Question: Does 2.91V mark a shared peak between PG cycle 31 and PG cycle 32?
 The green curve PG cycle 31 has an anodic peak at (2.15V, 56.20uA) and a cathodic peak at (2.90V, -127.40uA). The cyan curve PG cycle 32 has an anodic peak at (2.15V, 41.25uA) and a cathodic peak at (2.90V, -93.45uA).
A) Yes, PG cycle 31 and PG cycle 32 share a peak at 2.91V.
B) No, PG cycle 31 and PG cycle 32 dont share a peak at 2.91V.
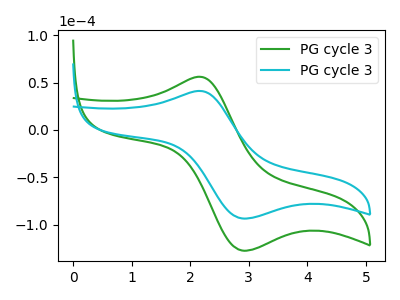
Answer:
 <answer>B) No, "PG cycle 31" and "PG cycle 32" dont share a peak at 2.91V.</answer>
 <eval>B</eval>